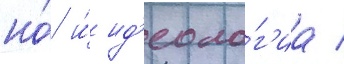
но́ и́ ид'еоло́г'иа /